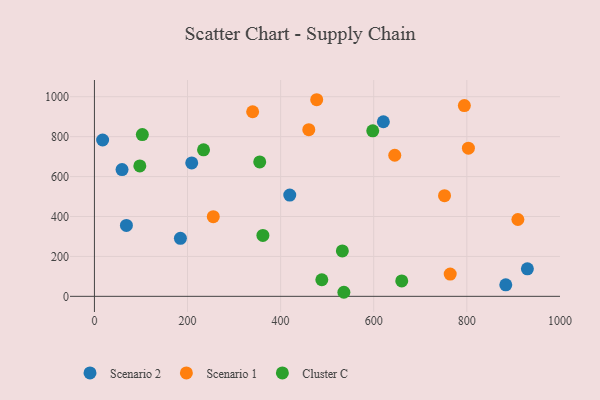
{"axis": {"x": "Ad Spend", "y": "Fuel Efficiency"}, "legend": ["Cluster C", "Scenario 1", "Scenario 2"], "data": [{"x": "17.6", "y": 783.2, "type": "Scenario 2"}, {"x": "59.3", "y": 635.2, "type": "Scenario 2"}, {"x": "419.6", "y": 507.3, "type": "Scenario 2"}, {"x": "184.7", "y": 290.7, "type": "Scenario 2"}, {"x": "930.1", "y": 137.7, "type": "Scenario 2"}, {"x": "620.7", "y": 874.7, "type": "Scenario 2"}, {"x": "68.7", "y": 355.3, "type": "Scenario 2"}, {"x": "209.0", "y": 668.3, "type": "Scenario 2"}, {"x": "883.7", "y": 57.7, "type": "Scenario 2"}, {"x": "764.3", "y": 111.7, "type": "Scenario 1"}, {"x": "794.7", "y": 955.9, "type": "Scenario 1"}, {"x": "477.5", "y": 985.0, "type": "Scenario 1"}, {"x": "255.3", "y": 398.9, "type": "Scenario 1"}, {"x": "645.2", "y": 706.9, "type": "Scenario 1"}, {"x": "909.7", "y": 384.8, "type": "Scenario 1"}, {"x": "803.4", "y": 742.5, "type": "Scenario 1"}, {"x": "339.9", "y": 924.8, "type": "Scenario 1"}, {"x": "460.5", "y": 835.1, "type": "Scenario 1"}, {"x": "752.1", "y": 504.4, "type": "Scenario 1"}, {"x": "597.9", "y": 829.0, "type": "Cluster C"}, {"x": "102.9", "y": 810.2, "type": "Cluster C"}, {"x": "535.9", "y": 20.3, "type": "Cluster C"}, {"x": "532.6", "y": 227.4, "type": "Cluster C"}, {"x": "97.5", "y": 653.2, "type": "Cluster C"}, {"x": "361.9", "y": 305.0, "type": "Cluster C"}, {"x": "660.2", "y": 77.1, "type": "Cluster C"}, {"x": "488.5", "y": 83.1, "type": "Cluster C"}, {"x": "234.4", "y": 733.8, "type": "Cluster C"}, {"x": "355.1", "y": 673.2, "type": "Cluster C"}]}